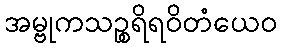
အမ္ဗုကသဉ္စရိရဝိတံယေဝ